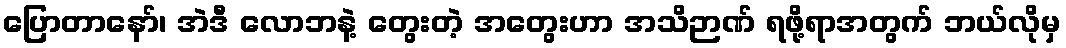
ပြောတာနော်၊ အဲဒီ လောဘနဲ့ တွေးတဲ့ အတွေးဟာ အသိဉာဏ် ရဖို့ရာအတွက် ဘယ်လိုမှ